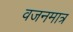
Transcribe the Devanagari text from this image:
वजनमात्र